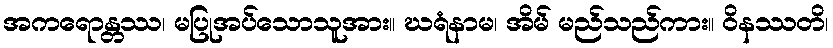
အကရောန္တဿ၊ မပြုအပ်သောသူအား။ ဃရံနာမ၊ အိမ် မည်သည်ကား။ ဝိနဿတိ၊